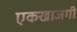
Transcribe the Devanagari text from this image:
एकखाजगी